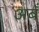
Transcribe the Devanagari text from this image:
अबँ